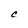
Character: C